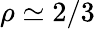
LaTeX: \rho\simeq 2/3